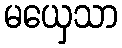
မယှေသာ